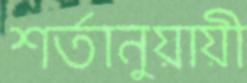
শর্তানুয়ায়ী